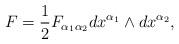
LaTeX: \begin{align*}F=\frac{1}{2}F_{\alpha _{1}\alpha _{2}}dx^{\alpha _{1}}\wedge dx^{\alpha_{2}},\end{align*}